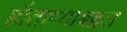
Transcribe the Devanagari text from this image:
हौताम्याबद्दल